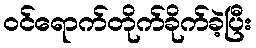
ဝင်ရောက်တိုက်ခိုက်ခဲ့ပြီး